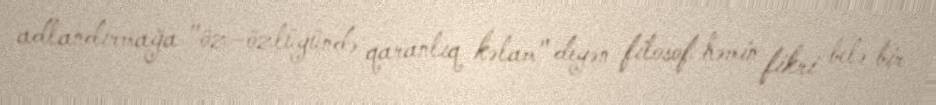
adlandırmağa "öz–özlüyündə qaranlıq kəlam" deyən filosof həmin fikri belə bir